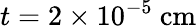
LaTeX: t=2\times 10^{-5}~\mathrm{cm}